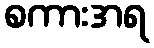
စကားအရ